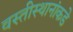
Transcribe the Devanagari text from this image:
वस्तीस्थानांकडे